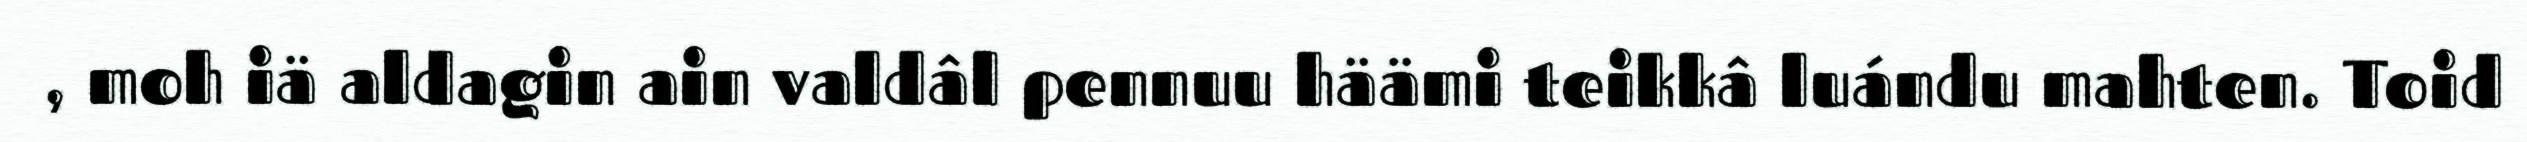
, moh iä aldagin ain valdâl pennuu häämi teikkâ luándu mahten. Toid